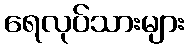
ရေလုပ်သားများ